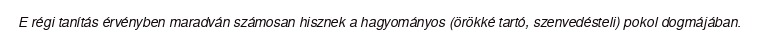
E régi tanítás érvényben maradván számosan hisznek a hagyományos (örökké tartó, szenvedésteli) pokol dogmájában.